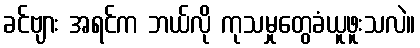
ခင်ဗျား အရင်က ဘယ်လို ကုသမှုတွေခံယူဖူးသလဲ။